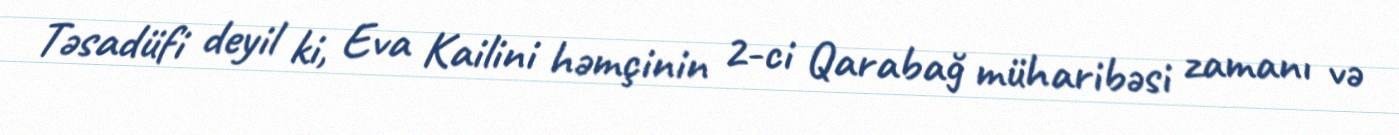
Təsadüfi deyil ki, Eva Kailini həmçinin 2-ci Qarabağ müharibəsi zamanı və